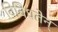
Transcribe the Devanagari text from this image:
विविधतेन्